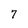
Character: 7